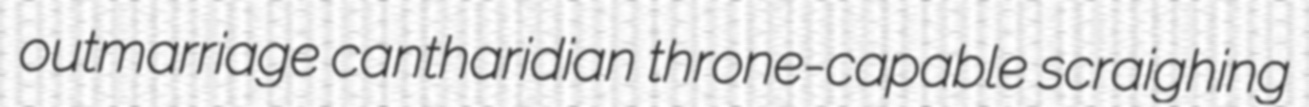
outmarriage cantharidian throne-capable scraighing